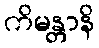
ကိမန္တာနိ